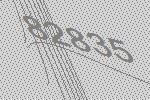
82835